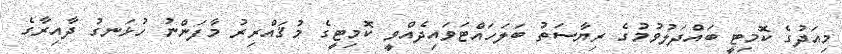
މިއަދުގެ ކޮމިޓީ ބައްދަލުވުމުގެ ރިޔާސަތު ބަލަހައްޓަވައިދެއްވީ ކޮމިޓީގެ މުޤައްރިރު މާފަންނު ހުޅަނގު ދާއިރާގެ